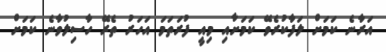
އަރާނެ ކަމަށް ލަފާކުރެވޭ ކަމަށާއި މިއީ ފުރަތަމަ އަހަރު ތެރޭ ހާސިލުވާނެ ކަމަށް